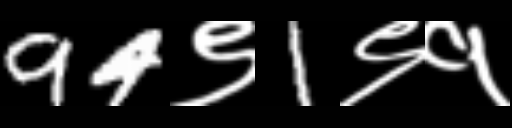
Text: 94९1९१